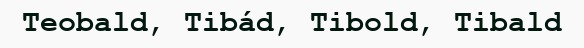
Teobald, Tibád, Tibold, Tibald